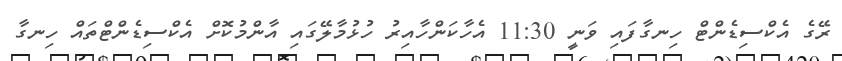
ރޭގެ އެކްސިޑެންޓް ހިނގާފައި ވަނީ 11:30 އެހާކަންހާއިރު ހުޅުމާލޭގައި އާންމުކޮށް އެކްސިޑެންޓްތައް ހިނގާ